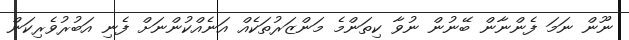
ނޫން ނަމަ ފެންނާން ބޭނުން ނުވާ ކިތަންމެ މަންޒަރުތަކެއް އަނެއްކުންނަށް ފެނި އަބުރުވެރިކަން